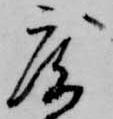
度